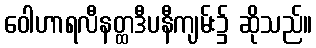
ဝေါဟာရလီနတ္ထဒီပနီကျမ်း၌ ဆိုသည်။